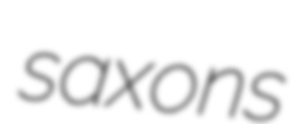
saxons